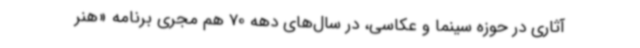
آثاری در حوزه سینما و عکاسی، در سال‌های دهه 70 هم مجری برنامه «هنر